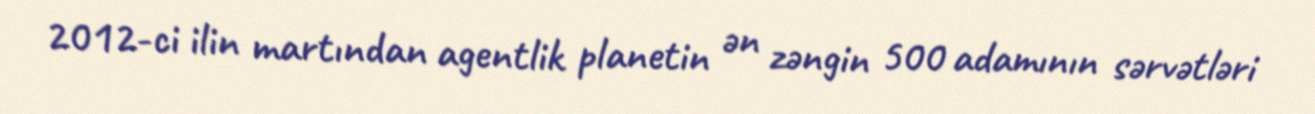
2012-ci ilin martından agentlik planetin ən zəngin 500 adamının sərvətləri